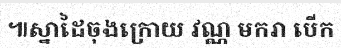
៕ស្នាដៃចុងក្រោយ វណ្ណ មករា បើក